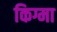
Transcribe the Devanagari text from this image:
किग्मा